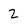
Character: 2